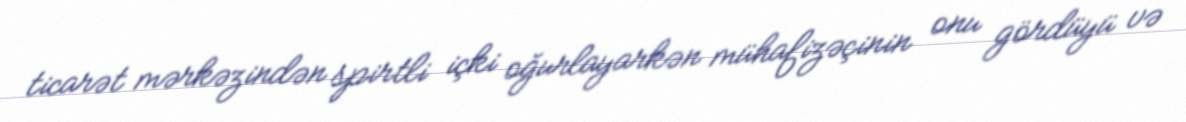
ticarət mərkəzindən spirtli içki oğurlayarkən mühafizəçinin onu gördüyü və